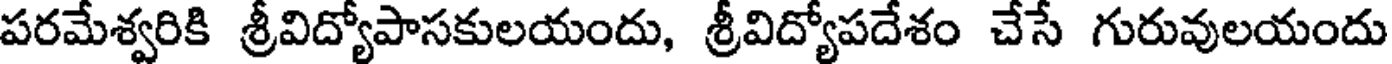
పరమేశ్వరికి శ్రీవిద్యోపాసకులయందు, శ్రీవిద్యోపదేశం చేసే గురువులయందు